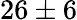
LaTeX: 26\pm 6